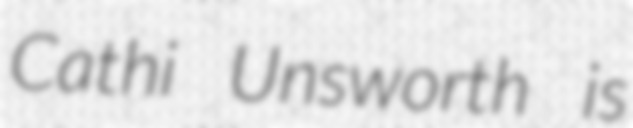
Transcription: Cathi Unsworth is